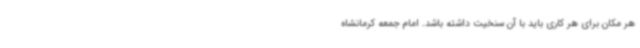
هر مکان برای هر کاری باید با آن سنخیت داشته باشد. امام جمعه کرمانشاه